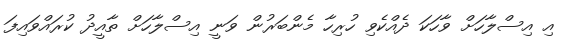
އި އިސްލާހަށް ވާހަކަ ދެއްކެވި ހުރިހާ މެންބަރުން ވަނީ އިސްލާހަށް ތާއީދު ކުރައްވައިފަ